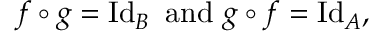
f \circ g = \operatorname { I d } _ { B } { \mathrm { ~ a n d ~ } } g \circ f = \operatorname { I d } _ { A } ,